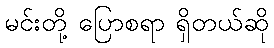
မင်းတို့ ပြောစရာ ရှိတယ်ဆို